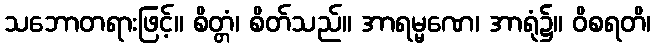
သဘောတရားဖြင့်။ စိတ္တံ၊ စိတ်သည်။ အာရမ္မဏေ၊ အာရုံ၌။ ဝိစရတိ၊